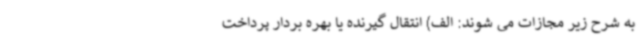
به شرح زیر مجازات می شوند: الف) انتقال گیرنده یا بهره بردار پرداخت